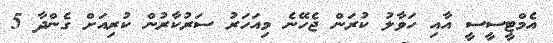
އެމްޓީސީސީ އާއި ހަވާލު ކުރަން ޖެހޭނެ މިއަހަރު ސަރުކާރުން ކުރިއަށް ގެންދާ 5